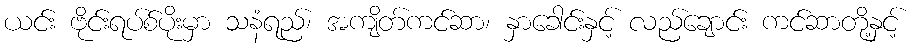
ယင်း ဗိုင်းရပ်စ်ပိုးမှာ သနံရည်၊ အကျိတ်ကင်ဆာ၊ နှာခေါင်းနှင့် လည်ချောင်း ကင်ဆာတို့နှင့်